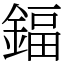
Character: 鍢